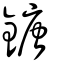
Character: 鎕